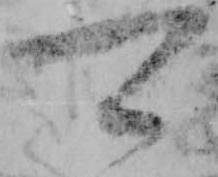
可